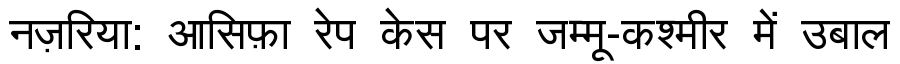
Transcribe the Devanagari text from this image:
नज़रिया: आसिफ़ा रेप केस पर जम्मू-कश्मीर में उबाल